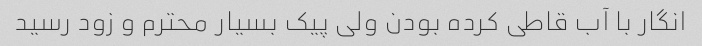
انگار با آب قاطی کرده بودن ولی پیک بسیار محترم و زود رسید